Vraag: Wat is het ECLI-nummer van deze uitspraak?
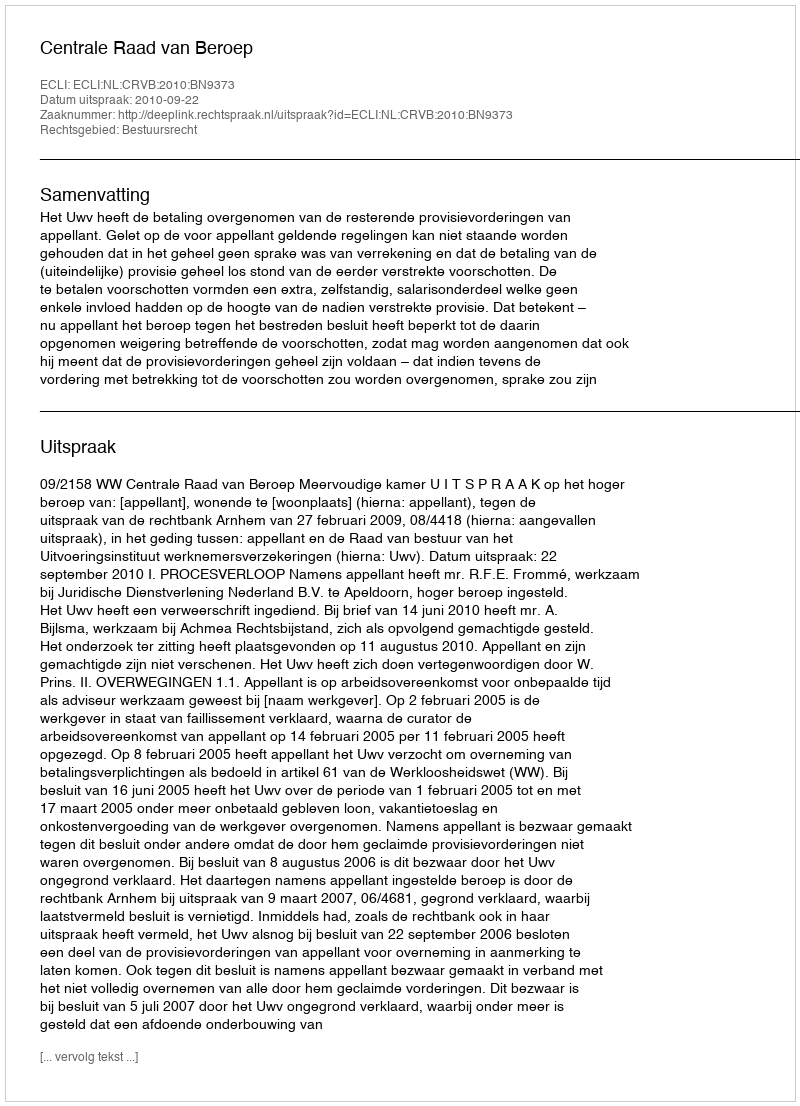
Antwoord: ECLI:NL:CRVB:2010:BN9373